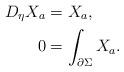
LaTeX: \begin{align*}D_\eta X_a &=X_a,\\0 &=\int_{\partial \Sigma}X_a.\end{align*}